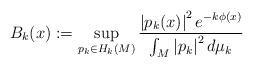
LaTeX: \begin{align*}B_{k}(x):=\sup_{p_{k}\in H_{k}(M)}\frac{\left|p_{k}(x)\right|^{2}e^{-k\phi(x)}}{\int_{M}\left|p_{k}\right|^{2}d\mu_k}\end{align*}